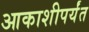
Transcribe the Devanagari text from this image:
आकाशीपर्यंत